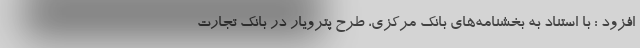
افزود : با استناد به بخشنامه‌های بانک مرکزی، طرح پترویار در بانک تجارت